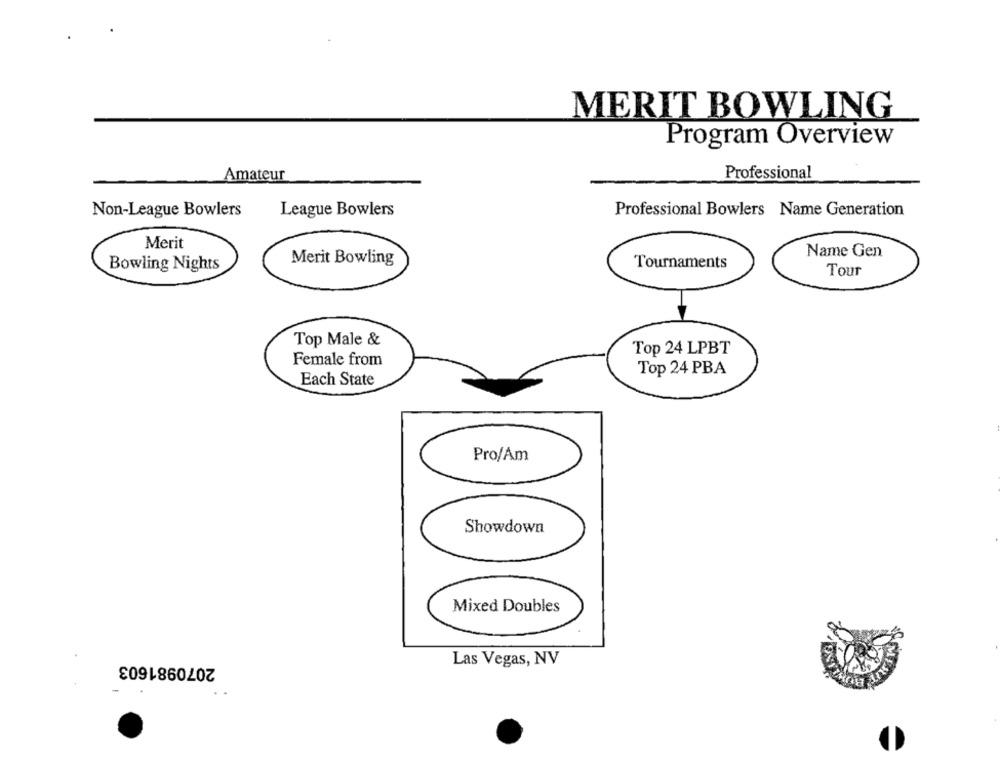
MERIT BOWLING
Program Overview
Professional
Amateur
Non-League Bowlers
League Bowlers
Professional Bowlers Name Generation
Merit
Name Gen
Merit Bowling
Tournaments
Bowling Nights
Tour
Top Male &
Top 24 LPBT
Female from
Top 24 PBA
Each State
Pro/Am
Showdown
Mixed Doubles
2070981603
Las Vegas, NV